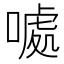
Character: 𠽁